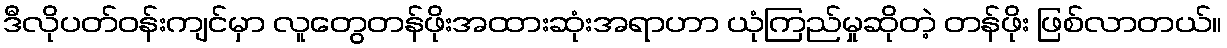
ဒီလိုပတ်ဝန်းကျင်မှာ လူတွေတန်ဖိုးအထားဆုံးအရာဟာ ယုံကြည်မှုဆိုတဲ့ တန်ဖိုး ဖြစ်လာတယ်။